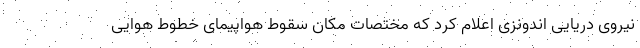
نیروی دریایی اندونزی اعلام کرد که مختصات مکان سقوط هواپیمای خطوط هوایی